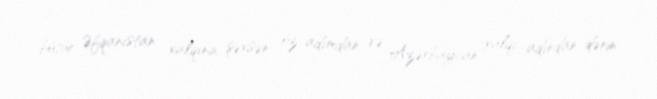
bütün Əfqanıstan xalqına şəxsən öz adımdan və Azərbaycan xalqı adından dərin